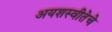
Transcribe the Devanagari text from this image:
अयशस्वीतेचे